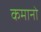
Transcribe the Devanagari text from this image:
कमानो